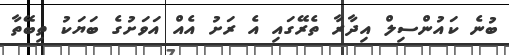
ބުނެ ކައުންސިލް އިދާރާ ތެރޭގައި އެ ރަށު އެއް އަވަށުގެ ބަޔަކު ތިބޭތާ